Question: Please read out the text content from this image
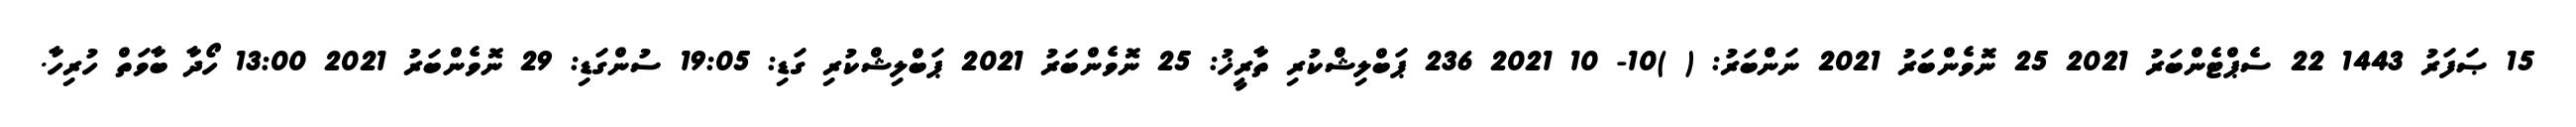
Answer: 15 ޞަފަރު 1443 22 ސެޕްޓެންބަރު 2021 25 ނޮވެންބަރު 2021 ނަންބަރު: ( )10- 10 2021 236 ޕަބްލިޝްކުރި ތާރީޚު: 25 ނޮވެންބަރު 2021 ޕަބްލިޝްކުރި ގަޑި: 19:05 ސުންގަޑި: 29 ނޮވެންބަރު 2021 13:00 ހޯދާ ބާވަތް ހުރިހާ.